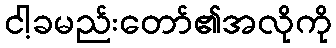
ငါ့ခမည်းတော်၏အလိုကို